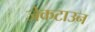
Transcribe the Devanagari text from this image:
जेकटाउन